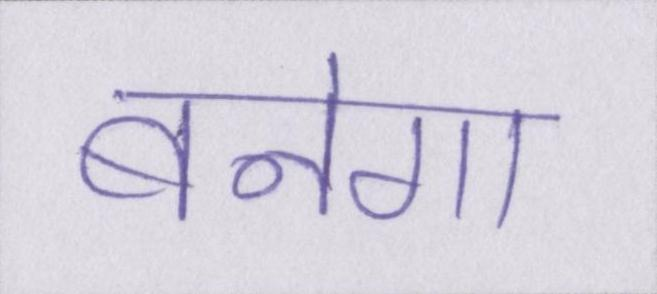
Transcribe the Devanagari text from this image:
बनेगा